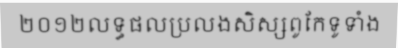
២០១២លទ្ធផលប្រលងសិស្សពូកែទូទាំង